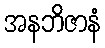
အနဘိဇာနံ